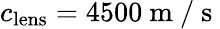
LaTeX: c_{\mathrm{lens}}=4500\mathrm{~m~/~s~}